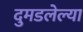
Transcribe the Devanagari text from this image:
दुमडलेल्या